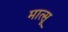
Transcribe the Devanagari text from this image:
मात्सू